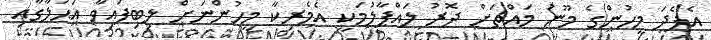
އެފެދަ މީހުންގެ މޫނު މައްޗަށް ދޮރު ލައްޕާލުމަކީ އެމެރިކާ މީހުންނަށް ލިބިފައިވާ އަޙުލާގާއި